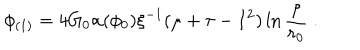
LaTeX: \phi _ { ( 1 ) } = 4 G _ { 0 } \alpha ( \phi _ { 0 } ) \xi ^ { - 1 } ( \mu + \tau - I ^ { 2 } ) \ln \frac { \rho } { r _ { 0 } } \; .